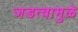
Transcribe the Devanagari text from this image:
जडत्वामुळे